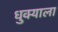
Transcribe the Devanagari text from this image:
धुक्‍याला